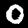
Label: 0